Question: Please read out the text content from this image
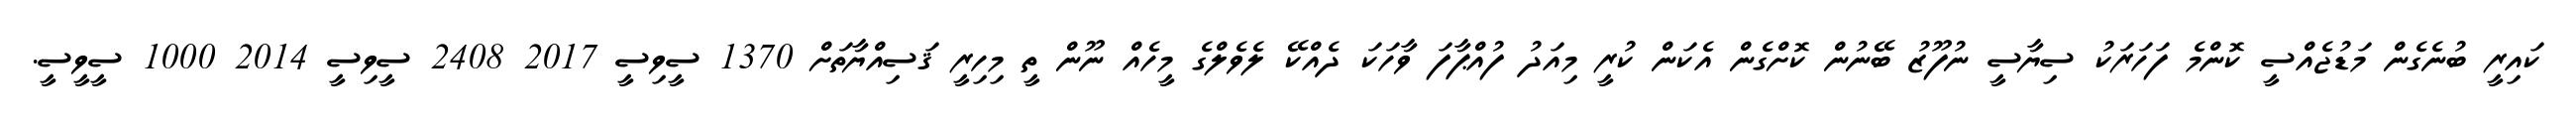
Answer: ކައިރީ ބުނެގެން މަޑުޖެއްސީ ކޮންމެ ފަހަރަކު ސިޔާސީ ނުފޫޒު ބޭނުން ކޮށްގެން އެކަން ކުރީ މިއަދު ފުއްޕާފަ ވާހަކަ ދެއްކޭ ލެވެލްގެ މީހެއް ނޫން ތީ މިހިރީ ޤަސިއްޔާތަށް 1370 ސީވިސީ 2017 2408 ސީވިސީ 2014 1000 ސީވީސީ.